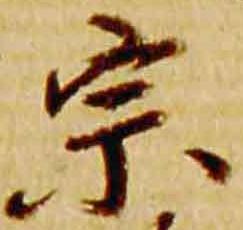
宗